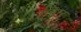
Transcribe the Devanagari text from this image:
शरीरर